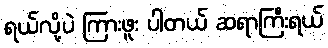
ရယ်လို့ပဲ ကြားဖူး ပါတယ် ဆရာကြီးရယ်